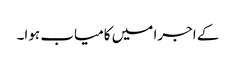
کے اجرا میں کامیاب ہوا۔